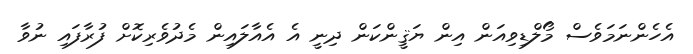
އެހެންނަމަވެސް މޯލްޑިވިއަން އިން ޔަޤީންކަން ދިނީ އެ އެއާލައިން މެދުވެރިކޮށް ފުރާފައި ނުވާ